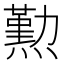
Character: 𤐂